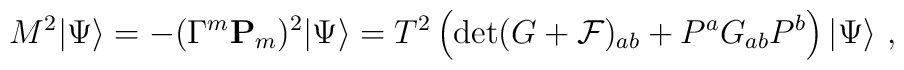
M^2  |\Psi\rangle   =  - (\Gamma^m {\bf P}_m)^2  |\Psi\rangle = T^2 \left ( \det (G+{ \cal F})_{ab}+ P^a G_{ab} P^b\right )  |\Psi\rangle \ ,